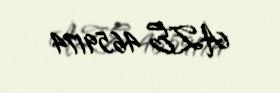
AZE 4659174